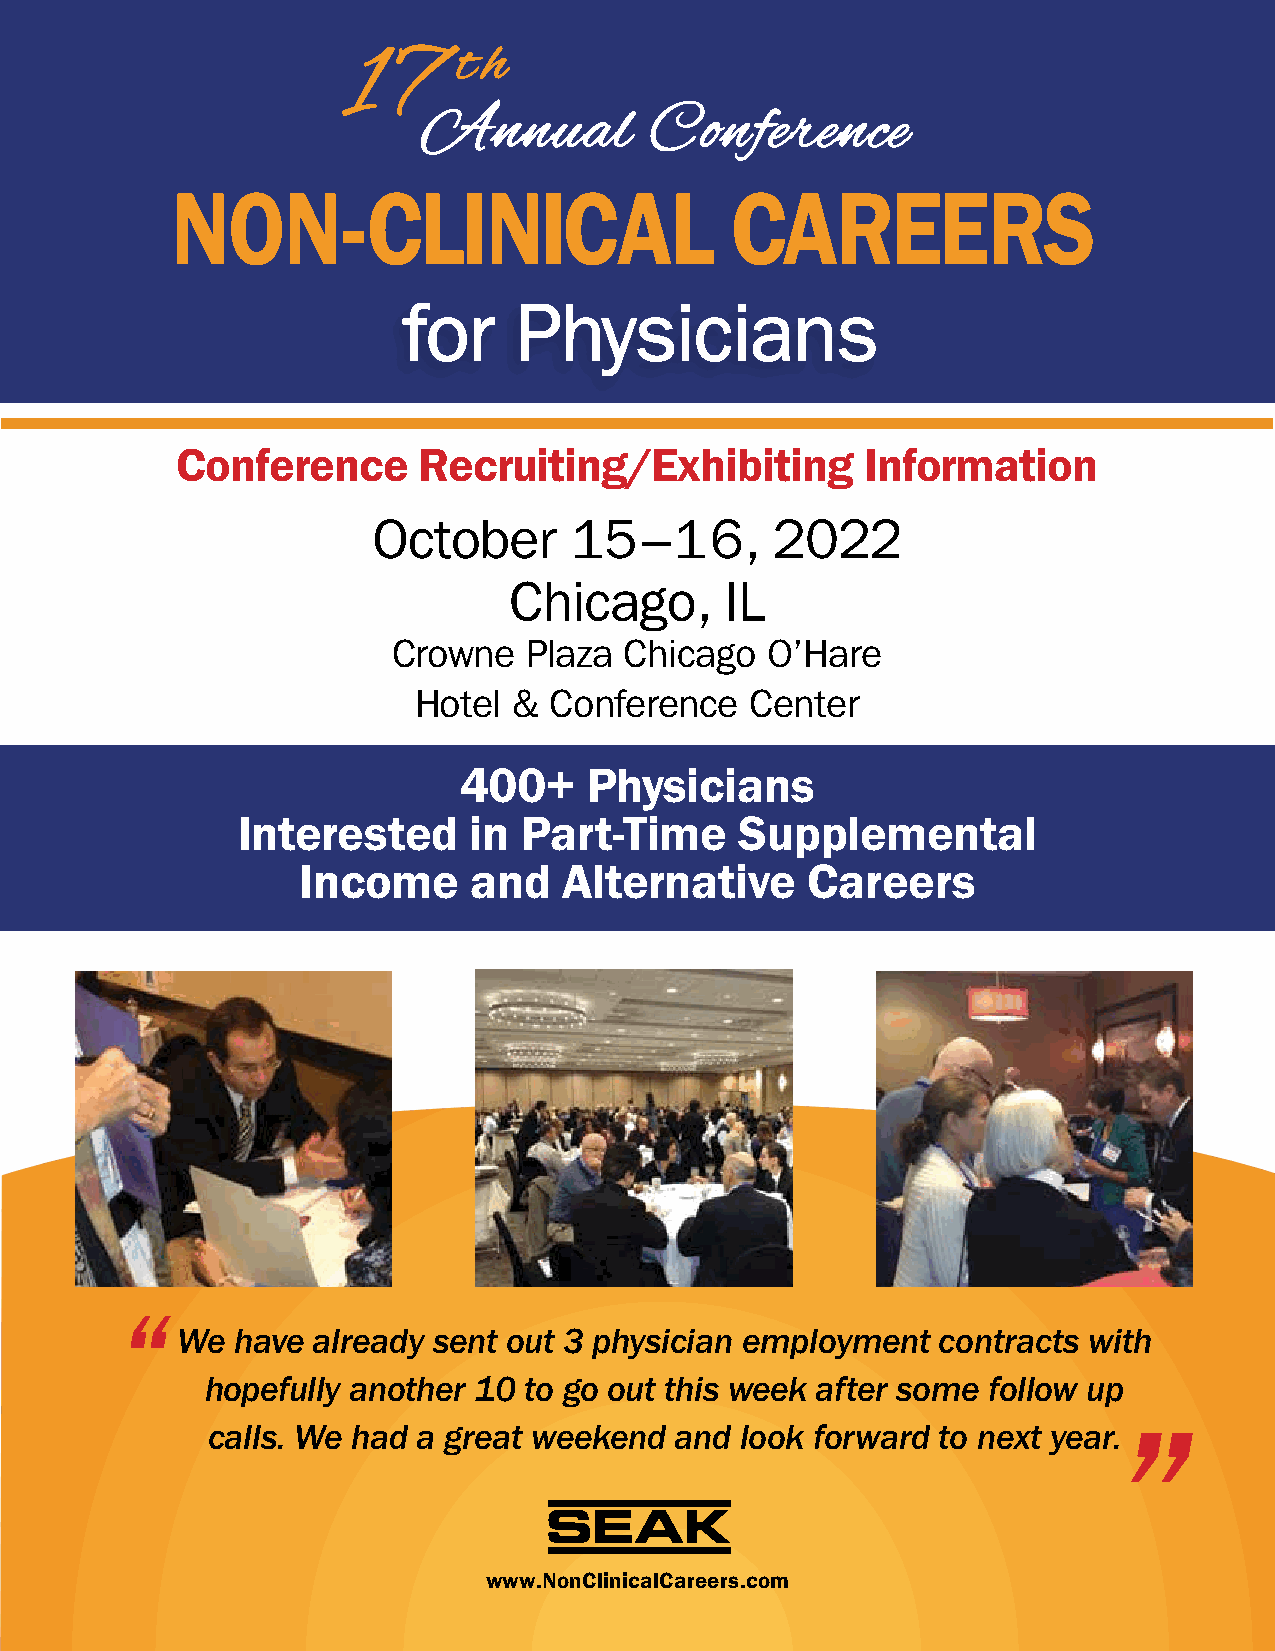
tt hh
 1177
 AAnnnnuuaall   CCoonnffeerreennccee
 NON-CLINICAL                         CAREERS
 ffoorr PPhhyyssiicciiaannss
 Conference      Recruiting/Exhibiting        Information
 October      15–16,       2022
 Chicago,      IL
 Crowne   Plaza Chicago   O’Hare
 Hotel  & Conference    Center
 400+     Physicians
 Interested     in  Part-Time     Supplemental
 Income     and   Alternative     Careers
 We have  already sent out 3 physician employment  contracts with
 hopefully another 10 to go out this week after some follow up
 calls. We had a great weekend  and look forward to next year.
 www.NonClinicalCareers.com